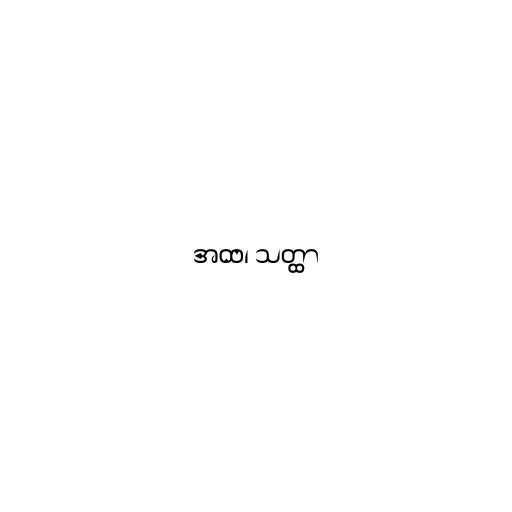
အထ၊ သတ္ထာ